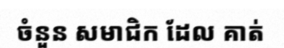
ចំនួន សមាជិក ដែល គាត់